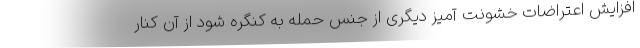
افزایش اعتراضات خشونت آمیز دیگری از جنس حمله به کنگره شود از آن کنار